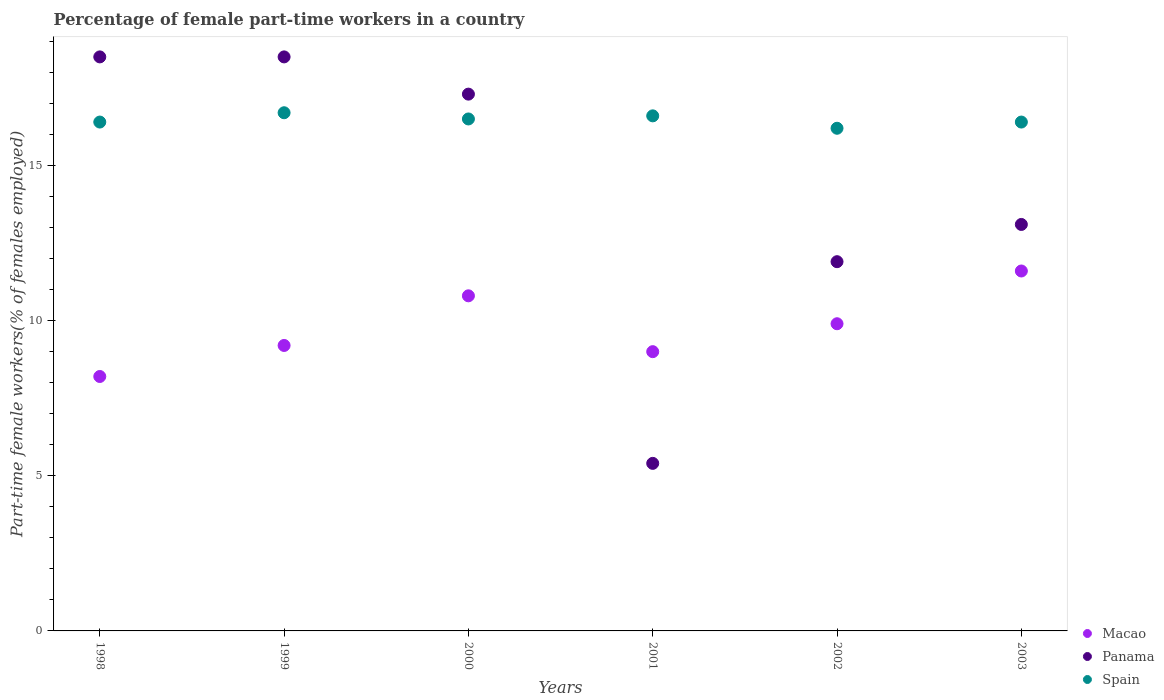
| Years | Macao | Panama | Spain |
 | --- | --- | --- | --- |
 | 1998 | 8.2 | 18.5 | 16.4 |
 | 1999 | 9.2 | 18.5 | 16.7 |
 | 2000 | 10.8 | 17.3 | 16.5 |
 | 2001 | 9 | 5.4 | 16.6 |
 | 2002 | 9.9 | 11.9 | 16.2 |
 | 2003 | 11.6 | 13.1 | 16.4 |